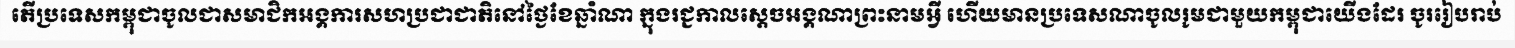
តើប្រទេសកម្ពុជាចូលជាសមាជិកអង្គការសហប្រជាជាតិនៅថ្ងៃខែឆ្នាំណា ក្នុងរជ្ជកាលស្តេចអង្គណាព្រះនាមអ្វី ហើយមានប្រទេសណាចូលរូមជាមួយកម្ពុជាយើងដែរ ចូររៀបរាប់